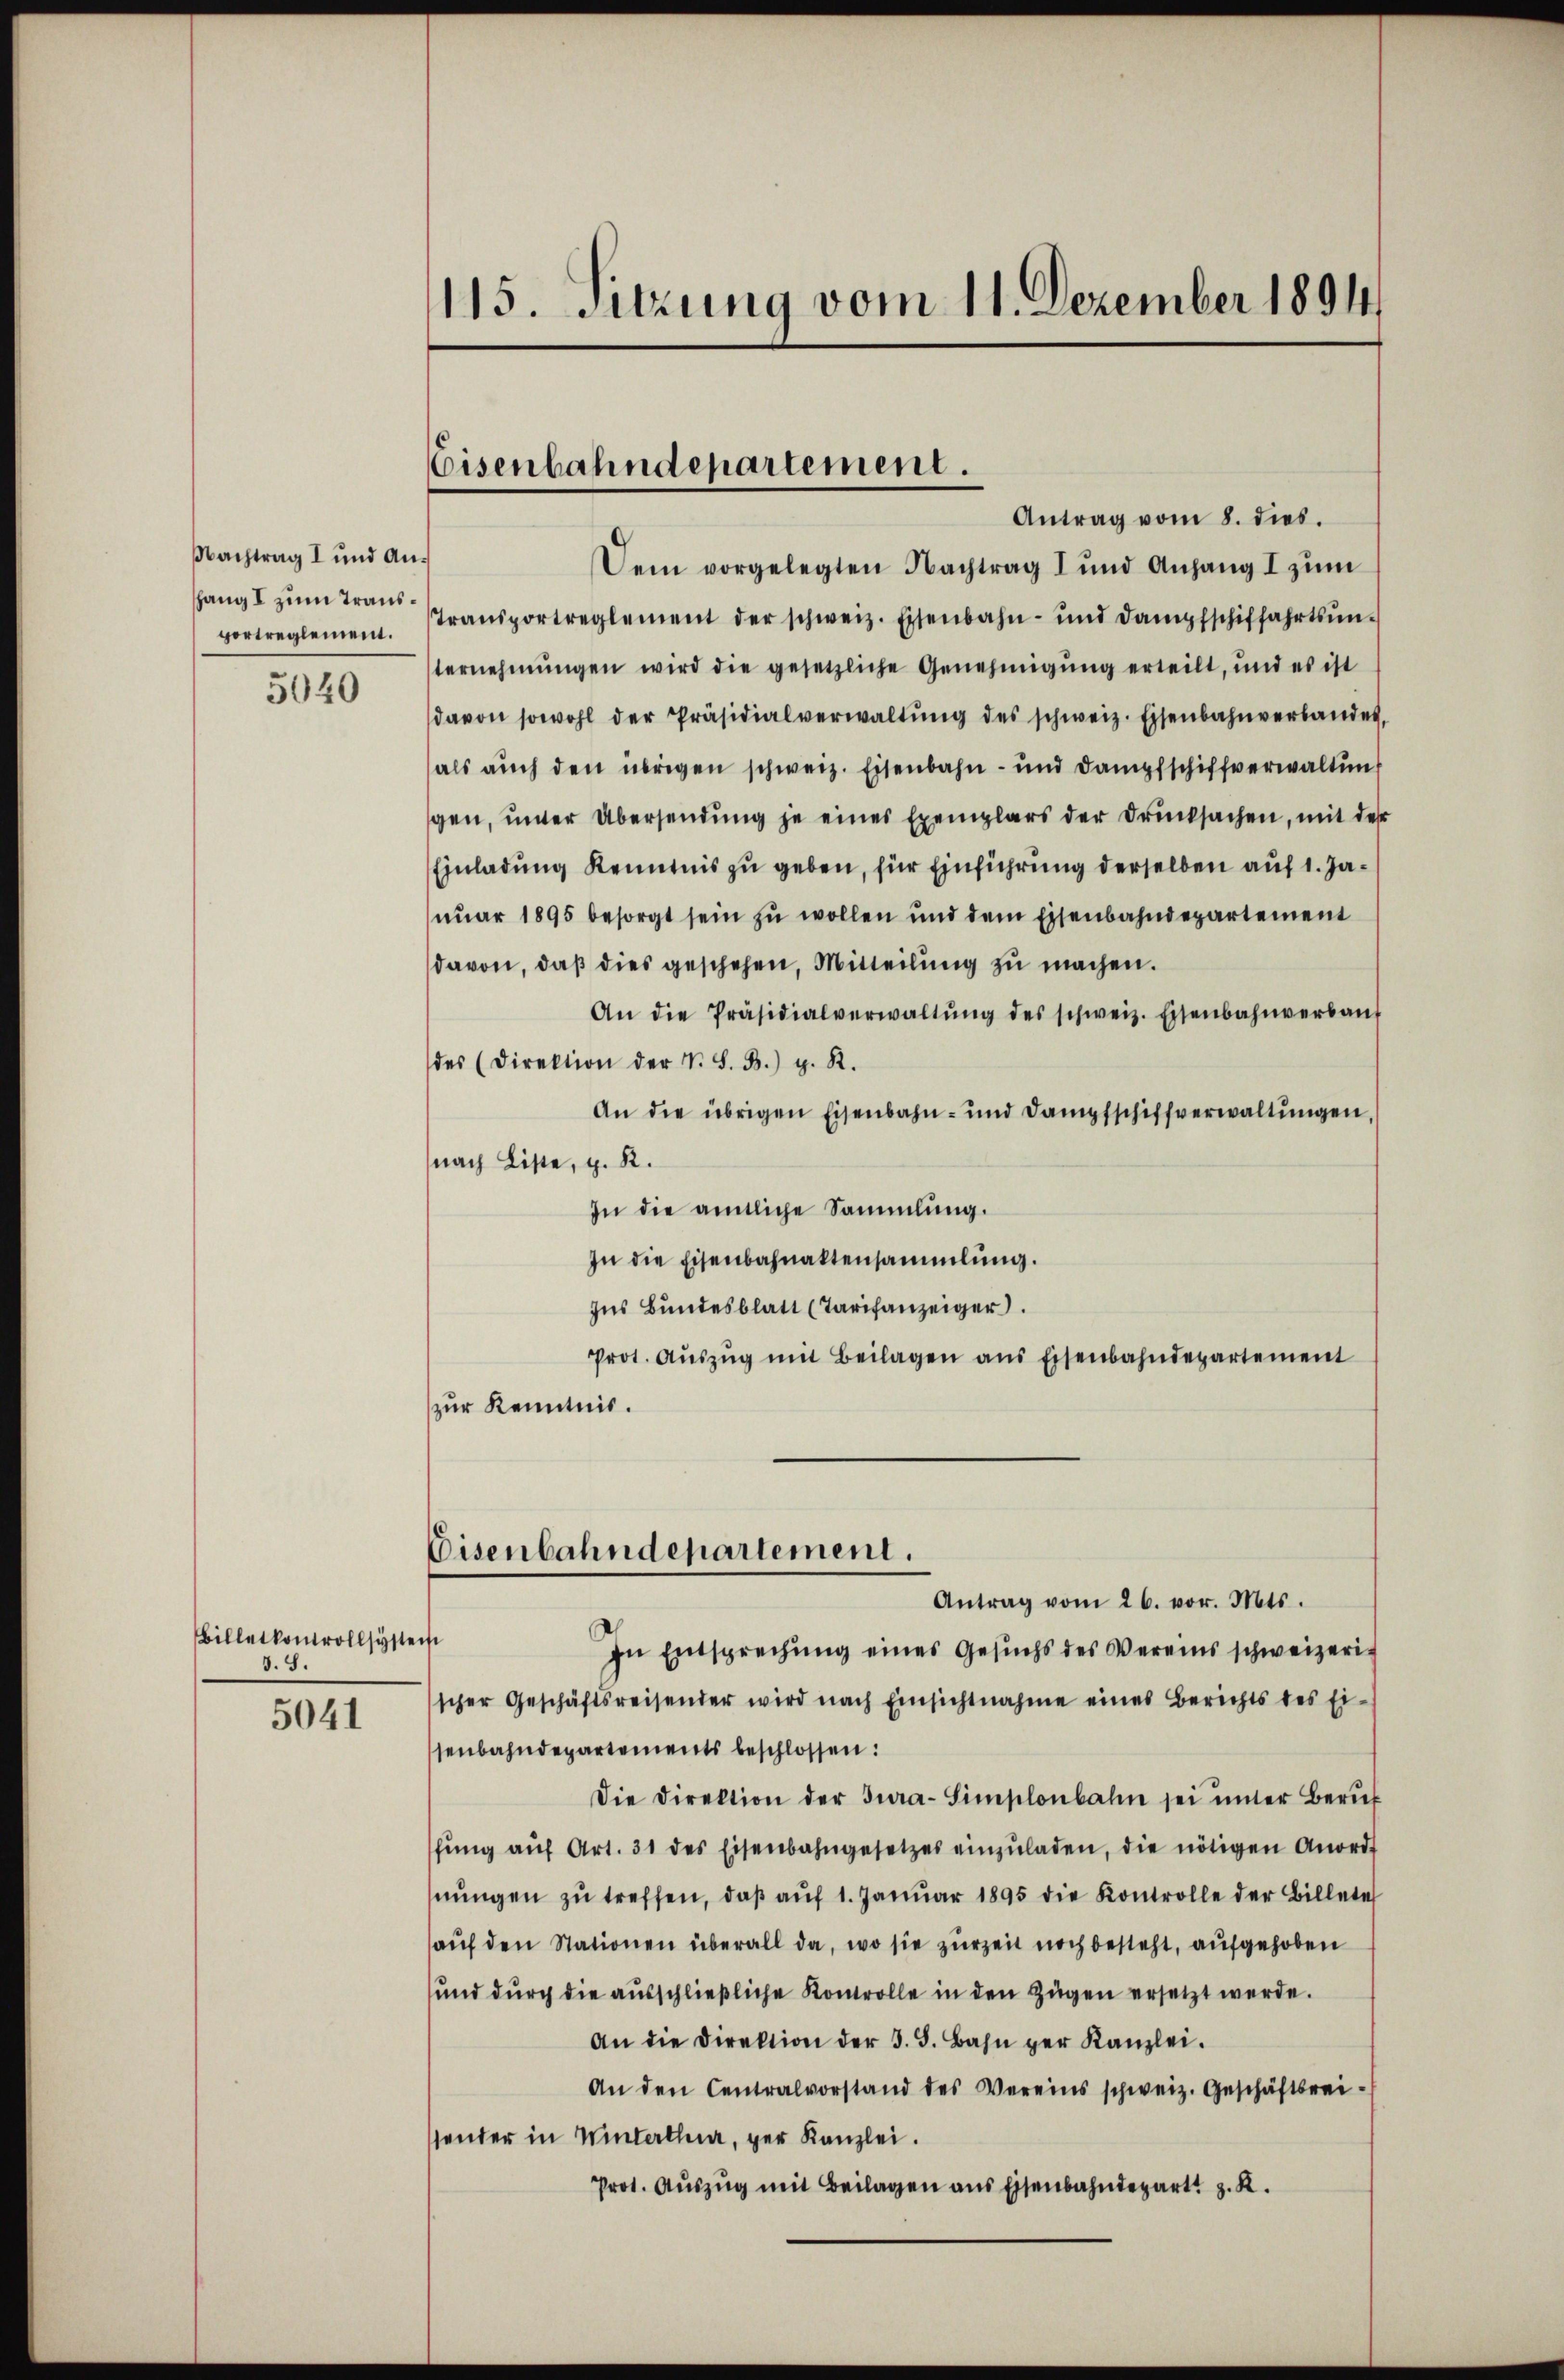
Nachtrag I und Anhang I zum Transvortreglement.
5040

Billetkonvollsyste
d. S.

5041

115. Sitzung vom 11. Dezember 1894

Eisenbahndepartement.
Antrag vom 8. dies

Dein vorgelegten Nachtrag I und Anhang I zum
Transportreglement der schweiz. Eisenbahn- und dampfschiffahrtsŭn-
ternehmungen wird die gesetzliche Genehmigung erteilt, und es ist
davon sowohl der Präsidialverwaltŭng des schweiz. Eisenbahnverbandes.
als auch den übrigen schweiz. Eisenbahn- und Dampfschiffverwaltung
gen, unter Übersendung je eines Exemplars der Drucksachen, mit des
Einladung Kenntnis zu geben, für Einführung derselben auf 1. Januar 1895 besorgt sein zu wollen und dem Eisenbahndepartement
davon, daß dies geschehen, Mitteilung zu machen.
An die Präsidialverwaltŭng des schweiz. Eisenbahnverbaŭt
des (direktion der N. S. B. g. R.
An die übrigen Eisenbahn- und Dampfschiffverwaltŭngen
nach Liste, z. R.
In die amtliche Sammlung.
In die Eisenbahnaktensammlung.
Ins Bŭndesblatt (Tarifanzeiger
Prot. Aŭszŭg mit Beilagen ans Eisenbahndepartement
zur Kenntnis.
Eisenbahndepartement.
Antrag vom 26. vor. Mts.
e
In Entsprechung eines Gesuchs des Vereins schweizerischer Geschäftsreisender wird nach Einsichtnahme eines Berichts des Ei-
senbahndepartements beschlossen:
Die Direktion der Jura-Simplonbahn sei ŭnter Beruf
fŭng aŭf Art. 31 des Eisenbahngesetzes einzŭladen, die nötigen Anord
nŭngen zŭ treffen, daβ aŭf 1. Janŭar 1895 die Kontrolle der Billete
aŭf den Stationen überall da, wo sie zurzeit noch besteht, aufgehoben
und dŭrch die aŭsschlieβliche Kontrolle in den Zügen ersetzt werde.
An die Direktion der 3. 5. Bahn per Kanzlei.
An den Centralvorstand des Vereins schweiz. Geschäftsrei-
hander in Wintertha, per Kanzlei.
Prot. Aŭszŭg mit Beilagen aus Eisenbahndepart z. R.